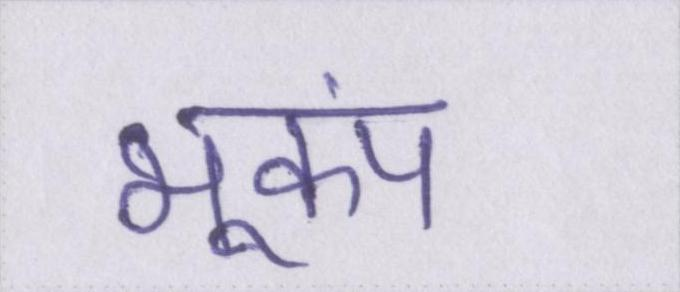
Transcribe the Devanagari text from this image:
भूकंप